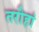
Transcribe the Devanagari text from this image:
तरौहां